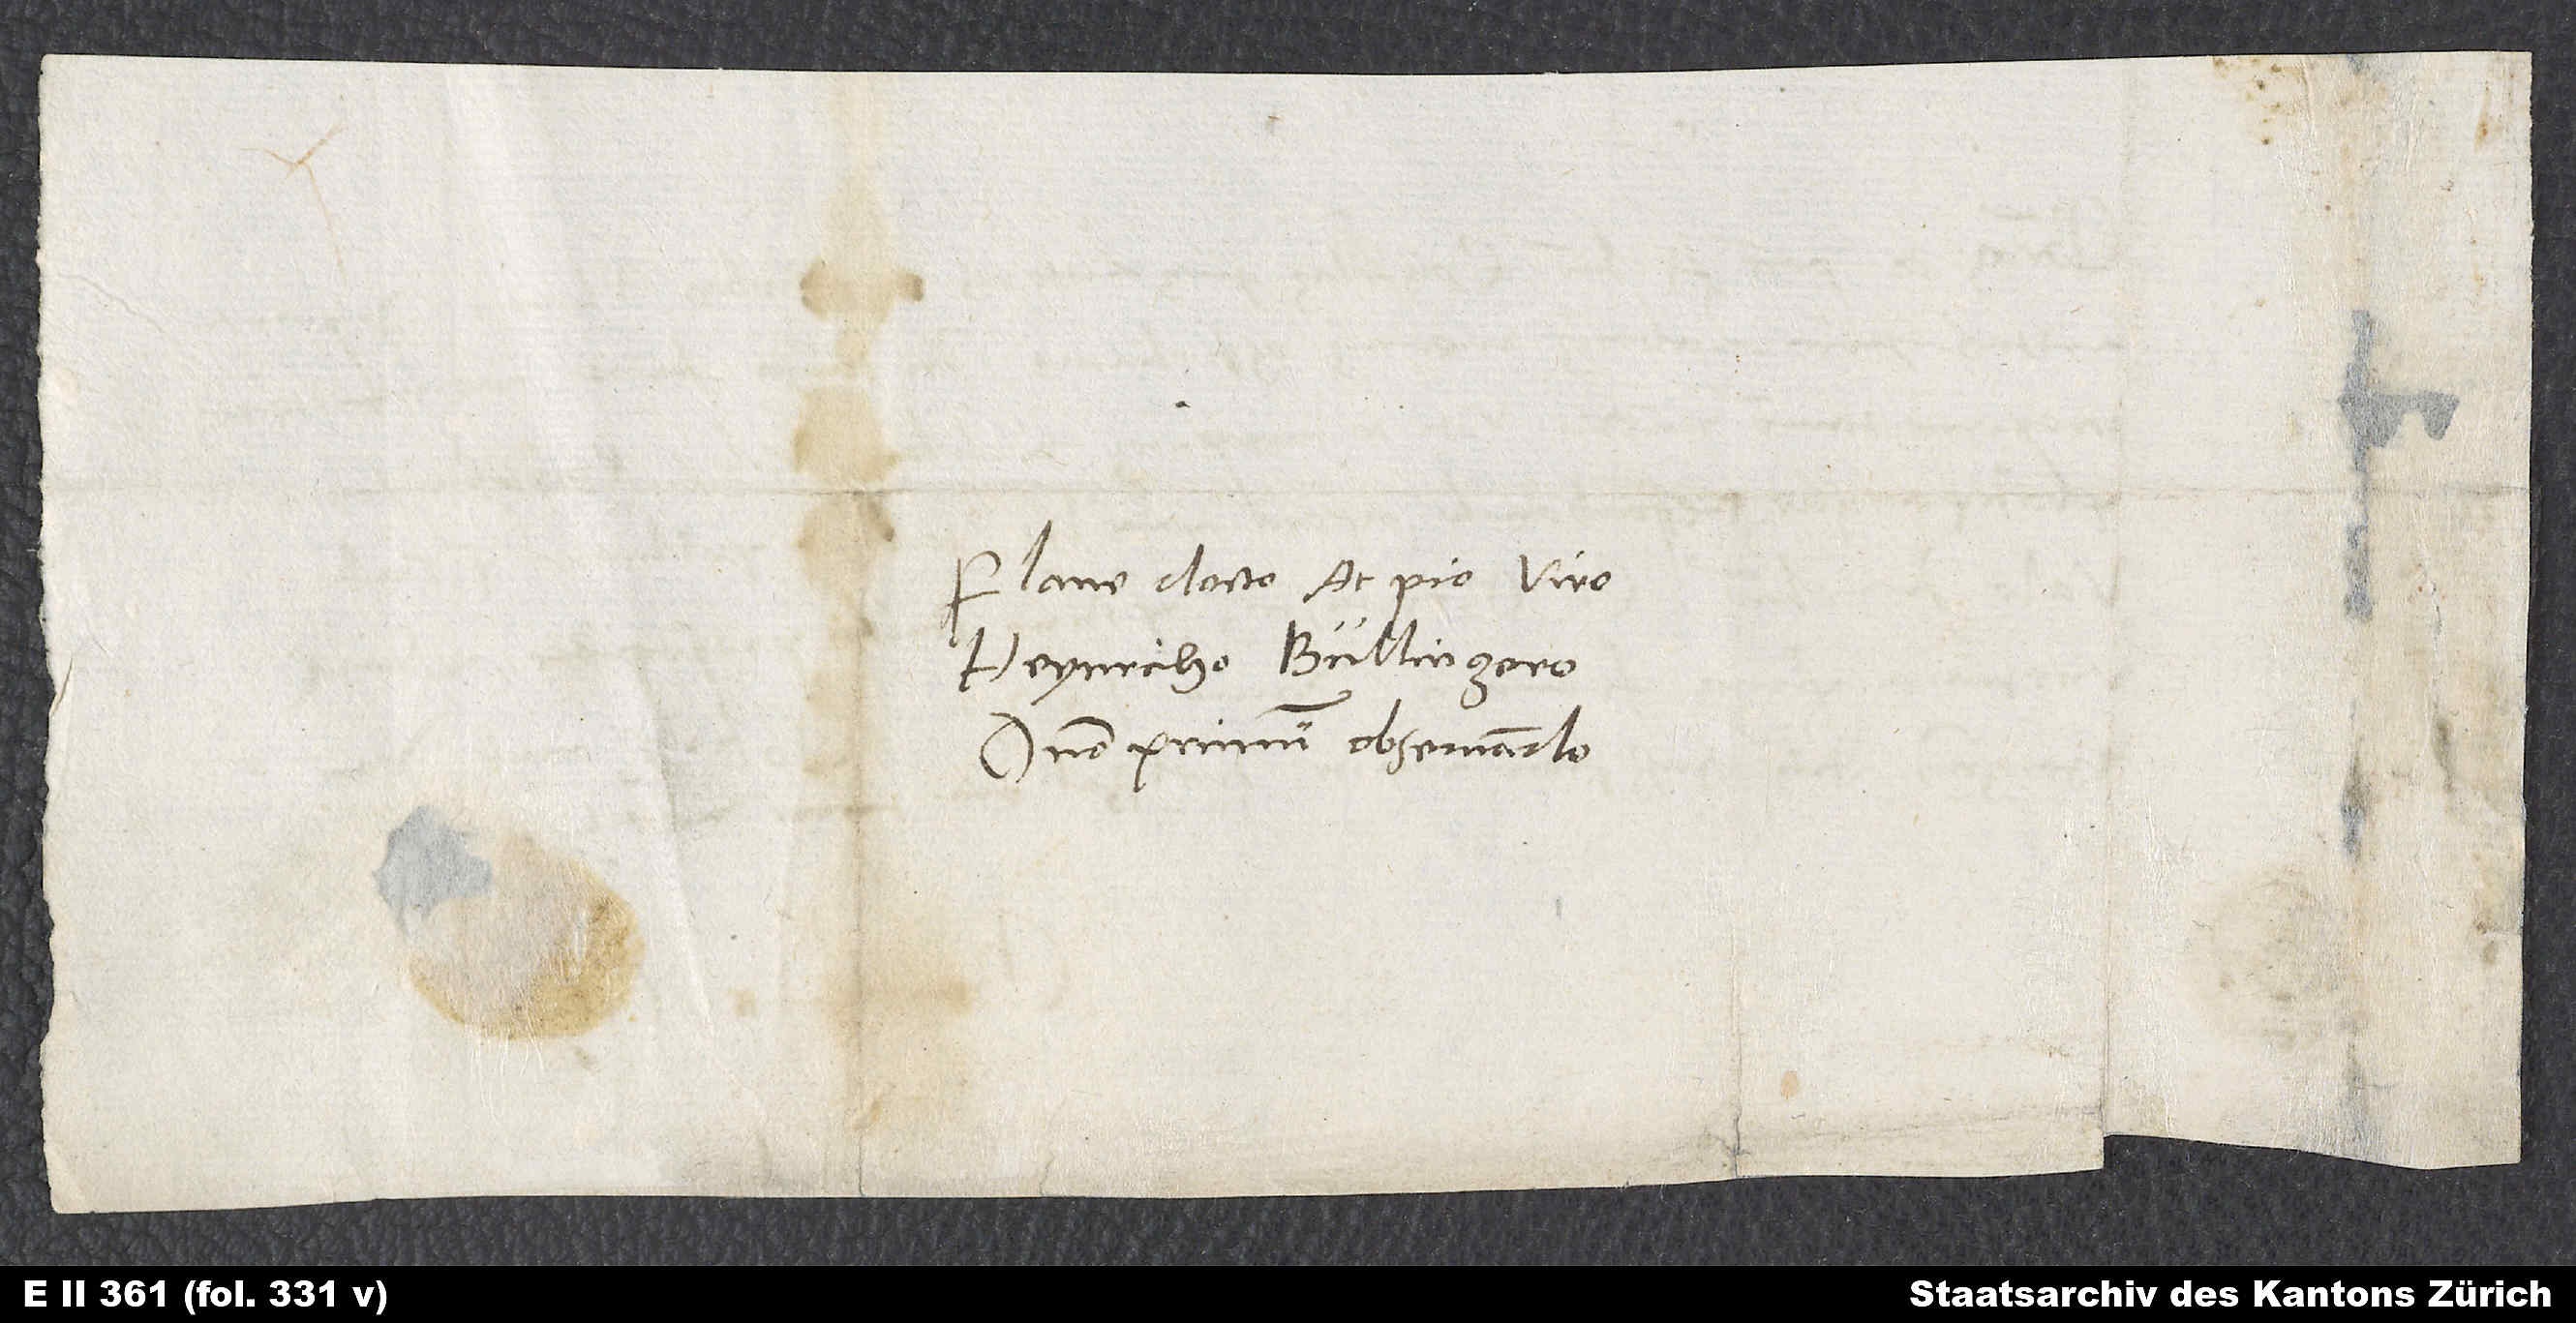
Plane docto ac pio viro
Heynricho Bullingero,
domino primum observando.